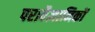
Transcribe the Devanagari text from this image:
परावैज्ञानिकों